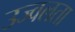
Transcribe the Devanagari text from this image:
उज्वलता